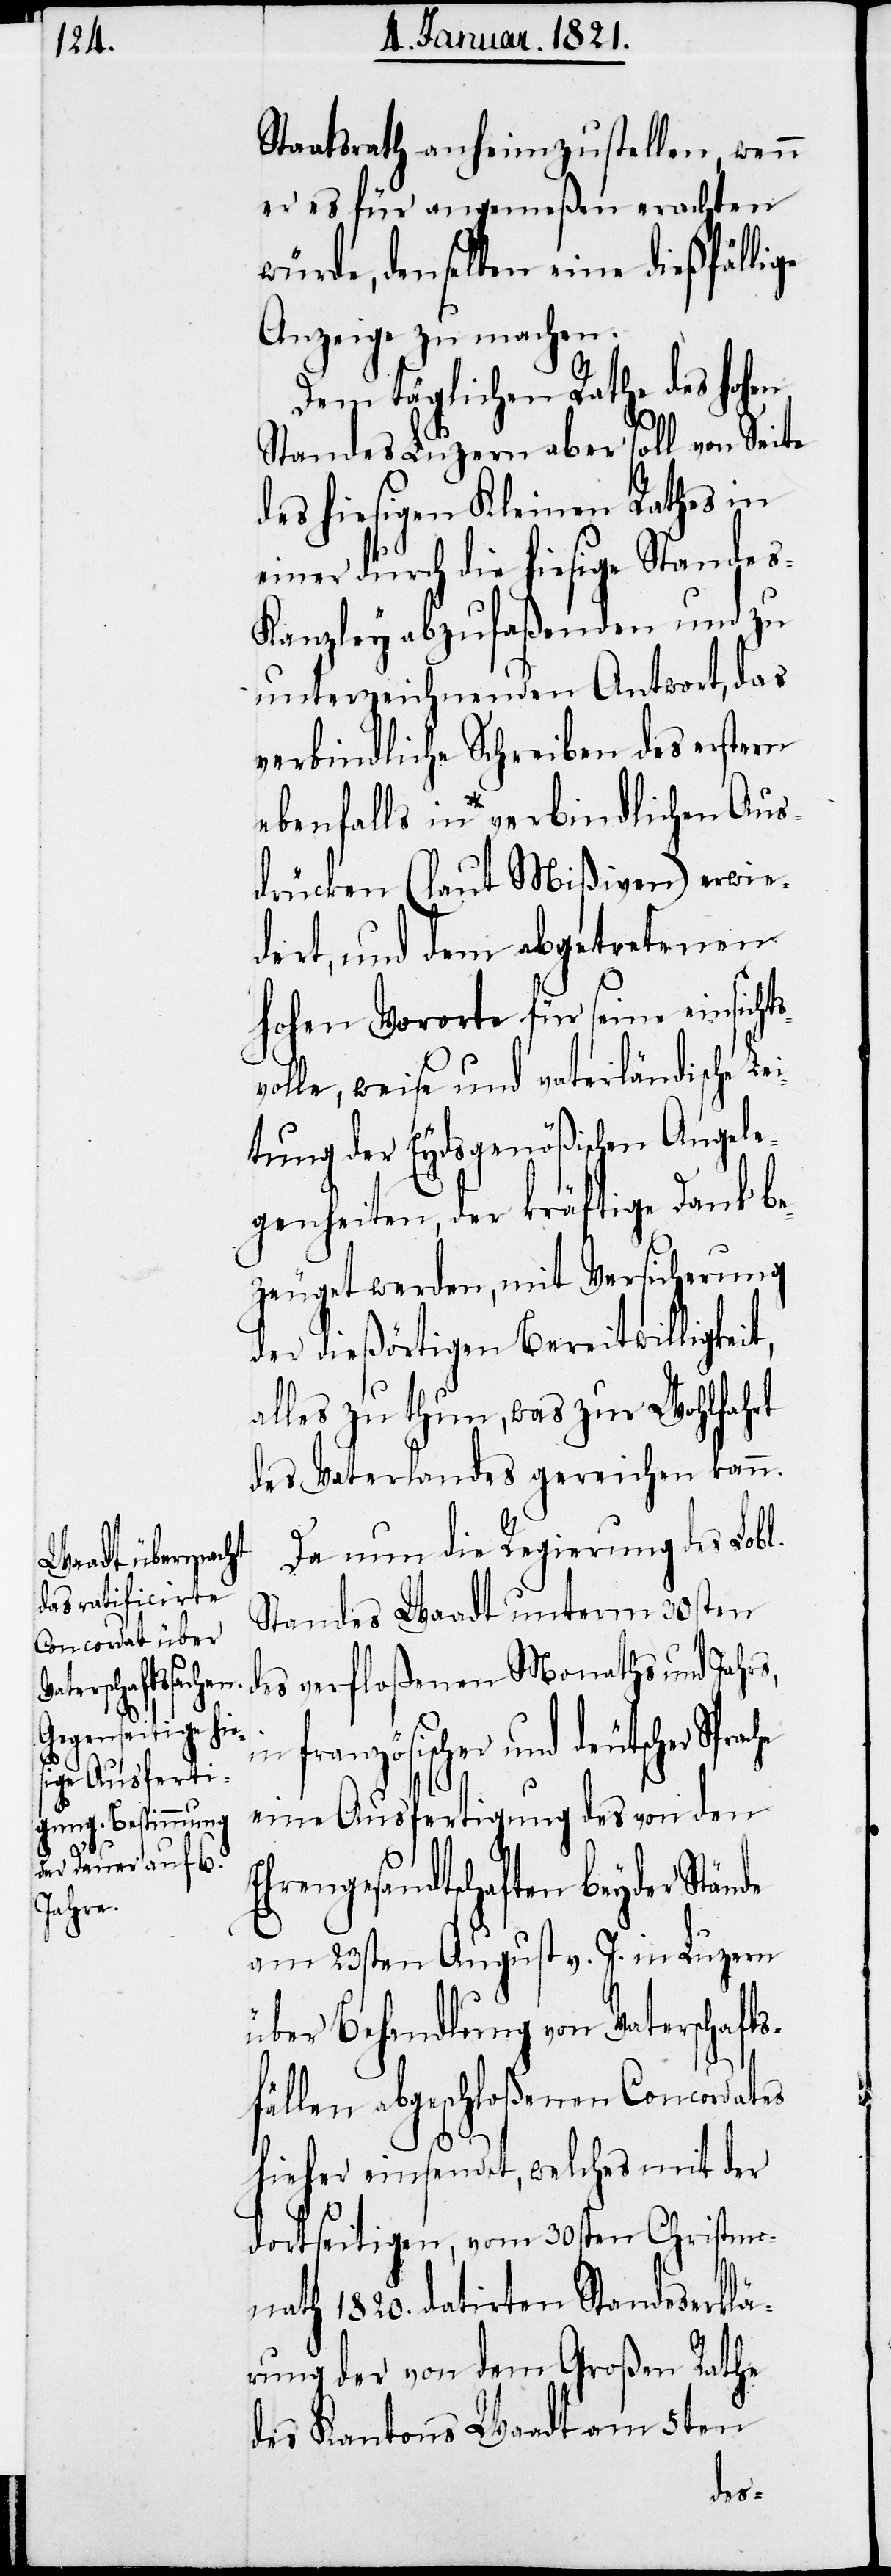
s¬

Staatsrath anheimzustellen, wenn
er es für angemeßen erachten
würde, denselben eine dießfällige
Anzeige zu machen.
Dem täglichen Rathe des hohen
Standes Luzern aber soll von Seite
des hiesigen Kleinen Rathes in
einer durch die hiesige Standes-K¬
anzley abzufaßenden und zu
unterzeichnenden Antwort, das
verbindliche Schreiben des erstern
ebenfalls in verbindlichen Aus¬
drücken (laut Mißiven) erwie¬
dert, und dem abgetretenen
hohen Vororte für seine einsicht¬
volle, weise und vaterländische Le¬
itung der Eydsgenößischen Angele¬
genheiten, der kräftige Dank be¬
zeugt werden, mit Versicherung
der dießörtigen Bereitwilligkeit,
alles zu thun, was zur Wohlfahrt
des Vaterlandes gereichen kann.
Da nun die Regierung des Lobl.
Standes Waadt unterm 30sten
des verfloßenen Monaths und Jahrs,
französischer und deutscher
eine Ausfertigung des von den
Ehrengesandtschaften beyder
am 23sten August v. J. in Luzern
über Behandlung von Vaterschafts¬
fällen abgeschloßenen Concordates
hieher einsendet, welches mit der
dortseitigen, vom 30sten Christmo¬
nath 1820. datirten Standeserklä¬
rung der von dem Großen Rathe
des Kantons Waadt am 5ten